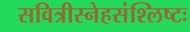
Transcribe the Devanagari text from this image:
सवित्रीस्नेहसंश्लिष्टः